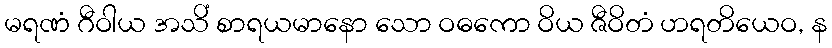
မရဏံ ဂီဝါယ အသိံ စာရယမာနော သော ဝဓကော ဝိယ ဇီဝိတံ ဟရတိယေဝ, န